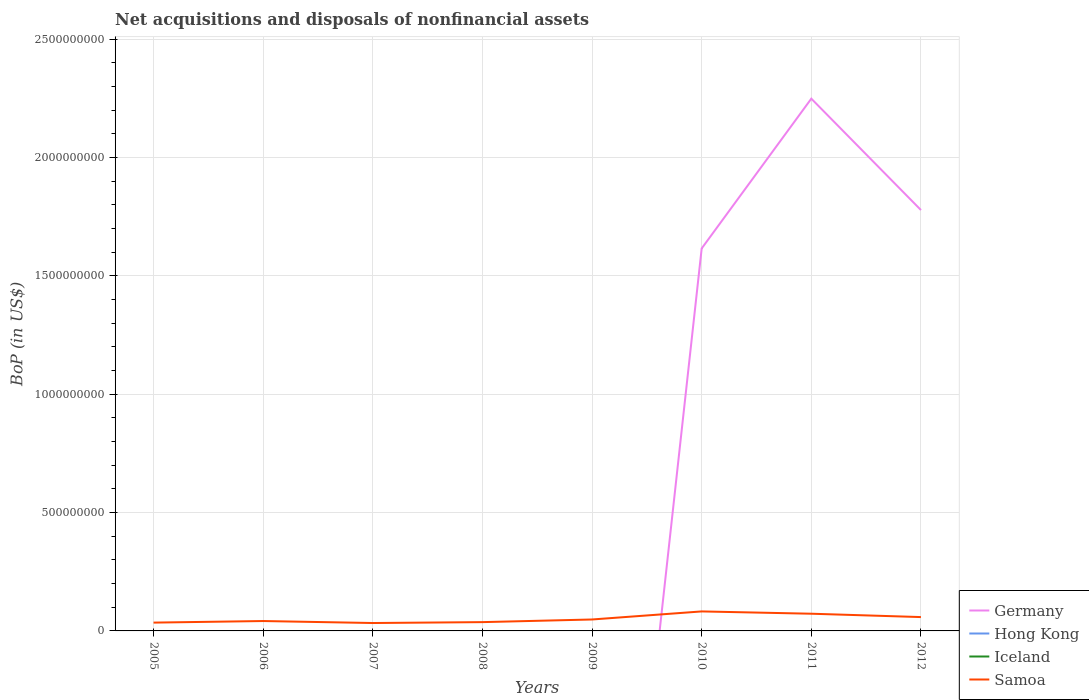
| Years | Germany | Hong Kong | Iceland | Samoa |
 | --- | --- | --- | --- | --- |
 | 2005 | -3e+09 | -7.45e+07 | -6.46e+06 | 3.51e+07 |
 | 2006 | -1.72e+09 | -9.85e+07 | -7.3e+06 | 4.18e+07 |
 | 2007 | -2.32e+09 | -8.71e+07 | -1.4e+07 | 3.34e+07 |
 | 2008 | -1.22e+09 | -2.52e+08 | -1.16e+07 | 3.72e+07 |
 | 2009 | -2.6e+09 | -3.9e+08 | -1.13e+07 | 4.83e+07 |
 | 2010 | 1.62e+09 | -5.71e+08 | -1.13e+07 | 8.24e+07 |
 | 2011 | 2.25e+09 | -2.6e+08 | -1.27e+07 | 7.27e+07 |
 | 2012 | 1.78e+09 | -1.85e+08 | -9.94e+06 | 5.84e+07 |